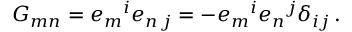
G _ { m n } = e _ { m } { } ^ { i } e _ { n \, j } = - e _ { m } { } ^ { i } e _ { n } { } ^ { j } \delta _ { i j } \, .